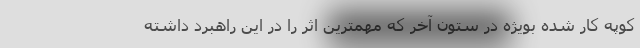
کوپه کار شده بویژه در ستون آخر که مهمترین اثر را در این راهبرد داشته